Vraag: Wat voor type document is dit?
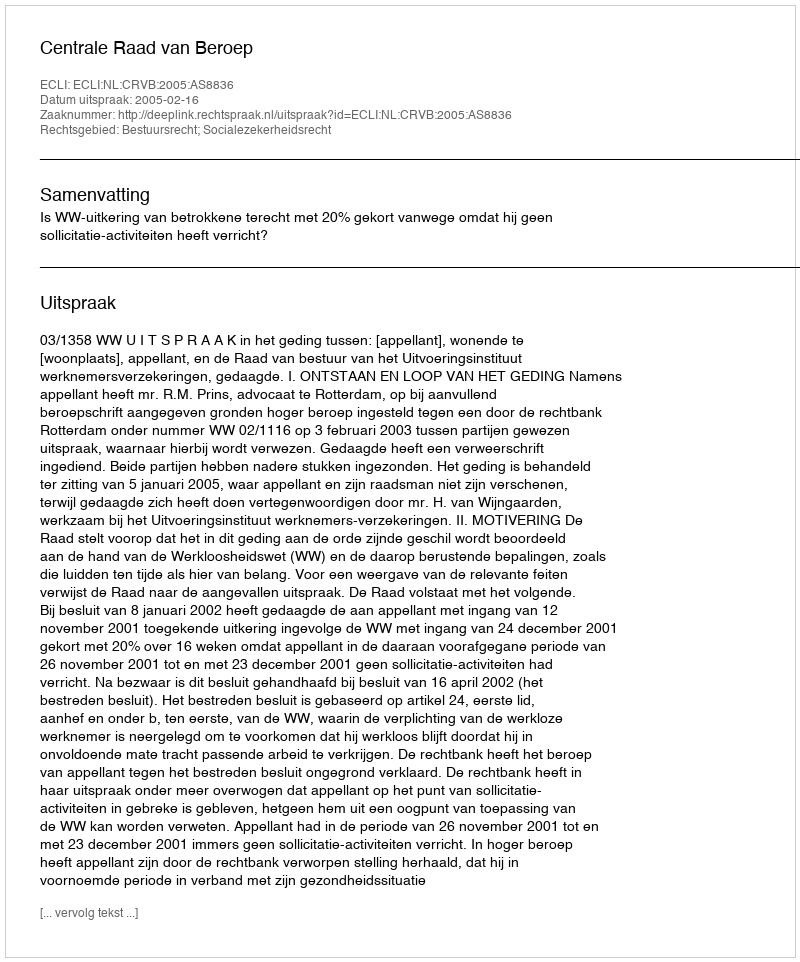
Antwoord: Uitspraak